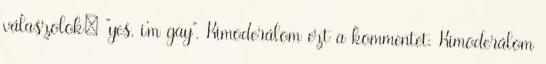
válaszolok: "yes, i'm gay". Kimoderálom ezt a kommentet. Kimoderálom